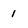
Character: 1